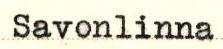
Savonlinna